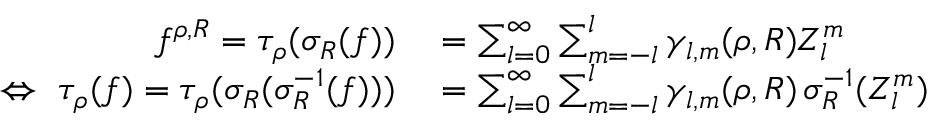
\begin{array} { r l } { f ^ { { \boldsymbol \rho } , R } = \tau _ { \boldsymbol \rho } ( \sigma _ { R } ( f ) ) } & { { } = \sum _ { l = 0 } ^ { \infty } \sum _ { m = - l } ^ { l } \gamma _ { l , m } ( { \boldsymbol \rho } , R ) Z _ { l } ^ { m } } \\ { \Leftrightarrow ~ \tau _ { \boldsymbol \rho } ( f ) = \tau _ { \boldsymbol \rho } ( \sigma _ { R } ( \sigma _ { R } ^ { - 1 } ( f ) ) ) } & { { } = \sum _ { l = 0 } ^ { \infty } \sum _ { m = - l } ^ { l } \gamma _ { l , m } ( { \boldsymbol \rho } , R ) \, \sigma _ { R } ^ { - 1 } ( Z _ { l } ^ { m } ) } \end{array}